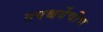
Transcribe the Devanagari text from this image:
तपश्चर्येचीच